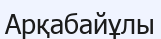
Арқабайұлы